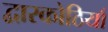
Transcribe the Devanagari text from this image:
द्वारकोठियाँ